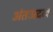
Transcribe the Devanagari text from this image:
अंतःप्रद्रव्य